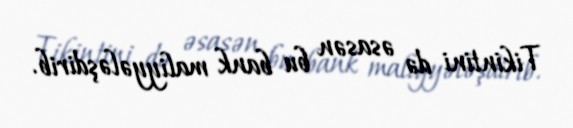
Tikintini də əsasən bu bank maliyyələşdirib.